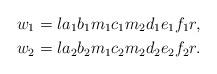
LaTeX: \begin{align*}&w_1=la_1 b_1 m_1 c_1 m_2d_1e_1f_1r,\\&w_2=la_2 b_2 m_1 c_2 m_2d_2e_2f_2r.\end{align*}